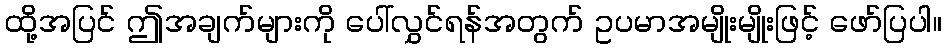
ထို့အပြင် ဤအချက်များကို ပေါ်လွှင်ရန်အတွက် ဥပမာအမျိုးမျိုးဖြင့် ဖော်ပြပါ။